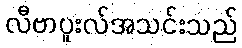
လီဗာပူးလ်အသင်းသည်